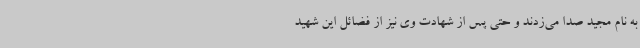
به نام مجید صدا می‌زدند و حتی پس از شهادت وی نیز از فضائل این شهید